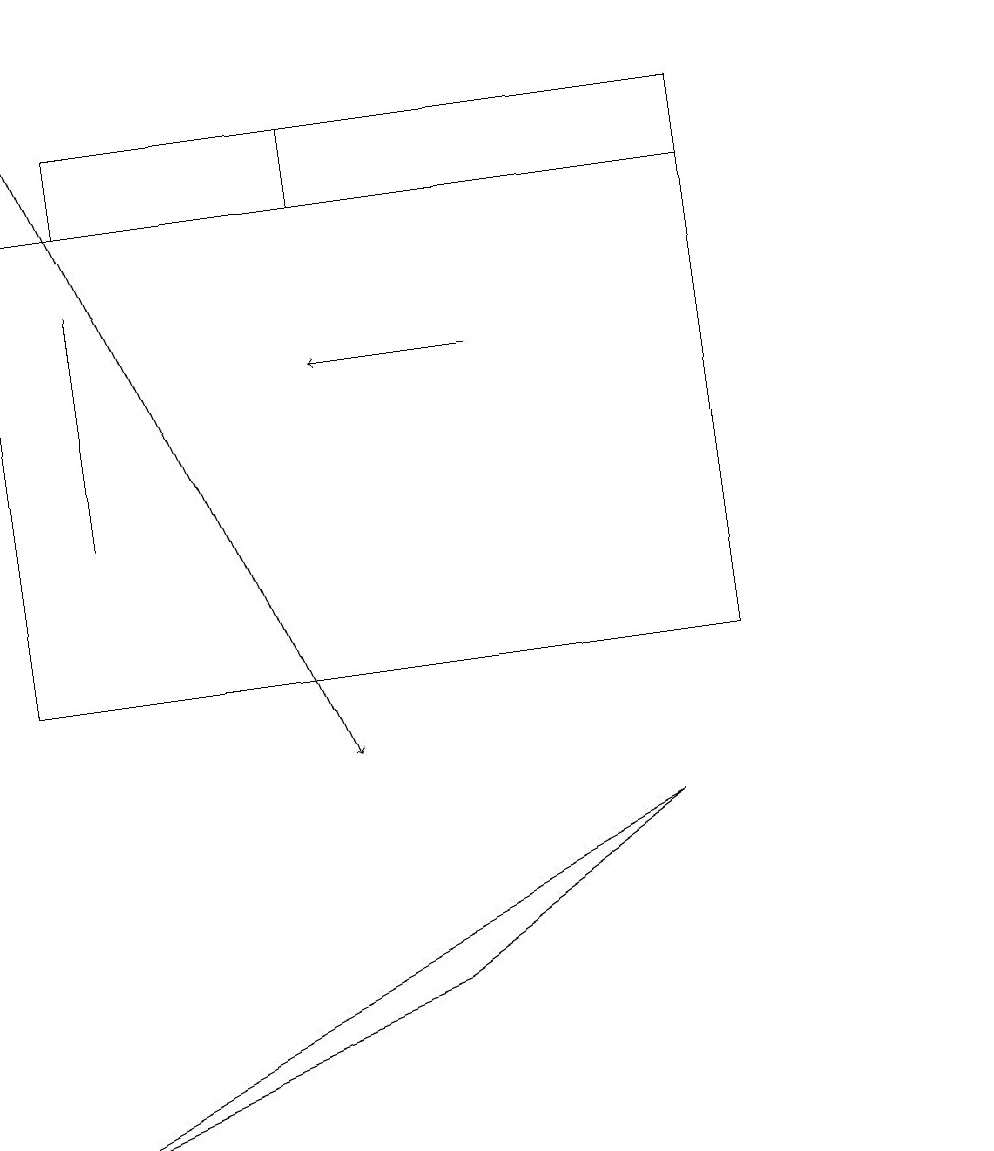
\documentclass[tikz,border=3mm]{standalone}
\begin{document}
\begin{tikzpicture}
\draw (12,11) circle (0);
\draw[->] (0,19) -- (4,10);
\draw[->] (6,15) -- (4,15);
\draw (9,11) rectangle (0,17);
\draw (9,17) rectangle (4,18);
\draw (1,16) rectangle (1,13);
\draw (9,18) rectangle (1,17);
\draw (5,7) -- (0,5) -- (8,9) -- cycle;
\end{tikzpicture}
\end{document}